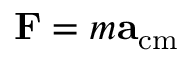
\mathbf { F } = m \mathbf { a } _ { \mathrm { { c m } } }